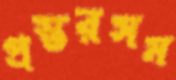
প্রস্তরসম